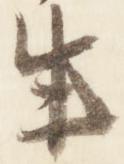
生